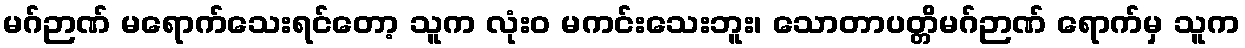
မဂ်ဉာဏ် မရောက်သေးရင်တော့ သူက လုံးဝ မကင်းသေးဘူး၊ သောတာပတ္တိမဂ်ဉာဏ် ရောက်မှ သူက